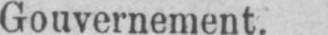
Gouvernement.